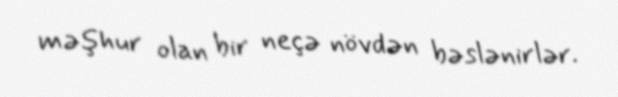
məşhur olan bir neçə növdən bəslənirlər.